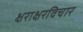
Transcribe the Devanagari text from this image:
क्षराक्षरविचार